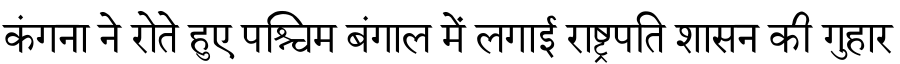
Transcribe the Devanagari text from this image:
कंगना ने रोते हुए पश्चिम बंगाल में लगाई राष्ट्रपति शासन की गुहार